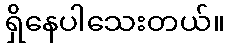
ရှိနေပါသေးတယ်။